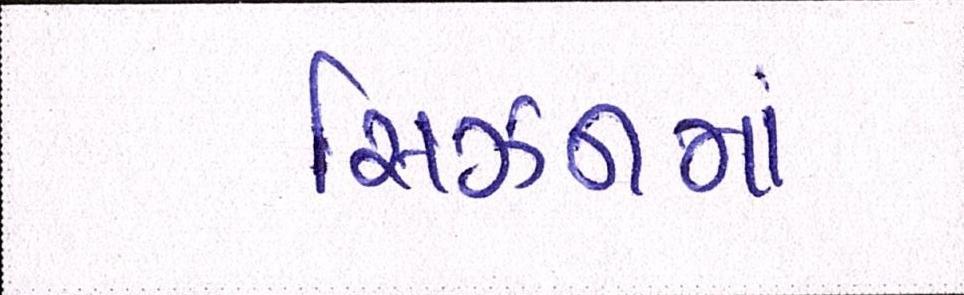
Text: સિઝનમાં